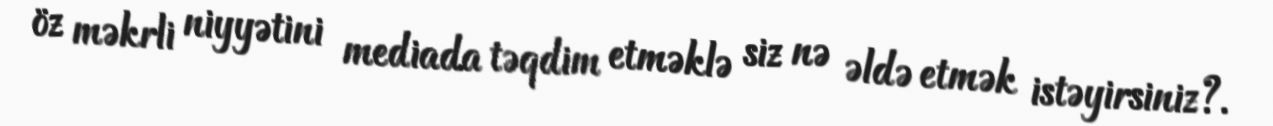
öz məkrli niyyətini mediada təqdim etməklə siz nə əldə etmək istəyirsiniz?.